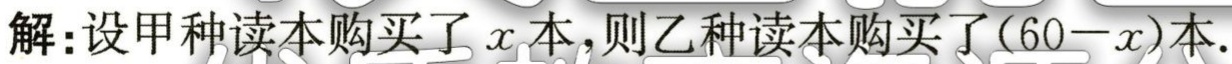
解：设甲种读本购买了\(x\)本，则乙种读本购买了\((60 - x)\)本.